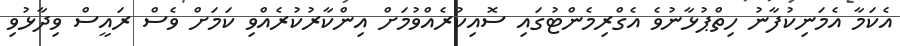
އެކަމާ އެމަނިކުފާނު ހިތްޕުޅާނުވެ އެގްރިމެންޓުގައި ސޮއިކުރެއްވުމަށް އިންކާރުކުރެއްވި ކަމަށް ވެސް ރައީސް ވިދާޅުވި